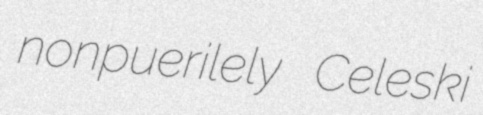
nonpuerilely Celeski